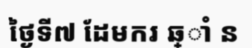
ថ្ងៃទី៧ ដែមករ ឆ្ាំ ន